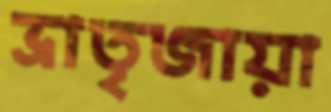
ভ্রাতৃজায়া